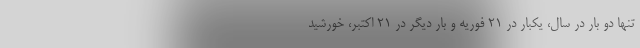
تنها دو بار در سال، یکبار در ۲۱ فوریه و بار دیگر در ۲۱ اکتبر، خورشید